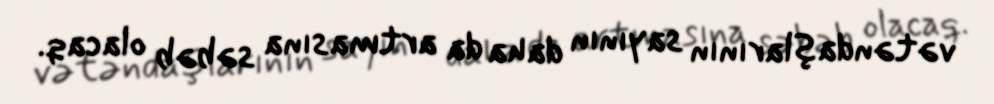
vətəndaşlarının sayının daha da artmasına səbəb olacaq.